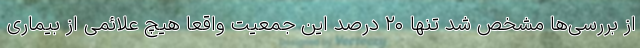
از بررسی‌ها مشخص شد تنها ۲۰ درصد این جمعیت واقعاً هیچ علائمی از بیماری